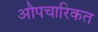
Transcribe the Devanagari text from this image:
औपचारिकत